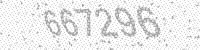
Solution: 667296